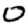
Digit: 0